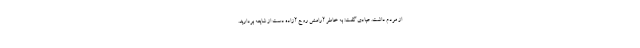
از مردم داشت. عبادی گفت: به خاطر آرامش روح آزاده دست از شایعه بردارید.